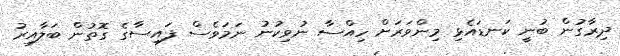
ދިރާގުން ބުނީ ކަނޑައެޅި މިންވަރަށް ހިއްސާ ނުވިކުނު ނަމަވެސް ފައިސާގެ ގޮތުން ބަލާއިރު